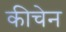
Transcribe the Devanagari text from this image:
कीचेन